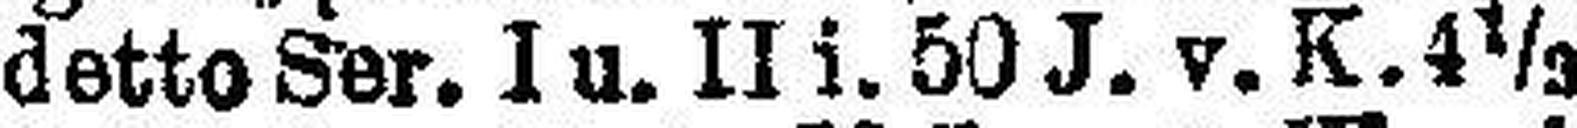
detto Ser. I u. II i. 50 J. v. K. 4½